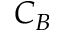
C _ { B }